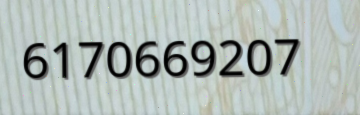
6170669207